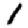
Digit: 1